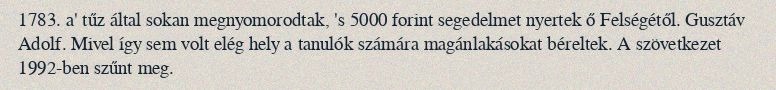
1783. a' tűz által sokan megnyomorodtak, 's 5000 forint segedelmet nyertek ő Felségétől. Gusztáv Adolf. Mivel így sem volt elég hely a tanulók számára magánlakásokat béreltek. A szövetkezet 1992-ben szűnt meg.